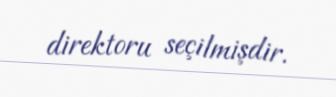
direktoru seçilmişdir.